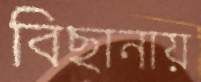
বিছানায়